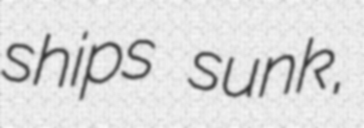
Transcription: ships sunk,